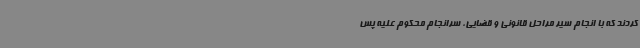
کردند که با انجام سیر مراحل قانونی و قضایی، سرانجام محکوم علیه پس